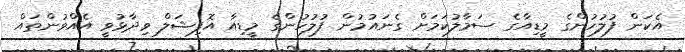
އެކަން ފުލުހުންގެ މީޑިއާގެ ސަމާލުކަމަށް ގެނައުމުން ފުލުހުންގެ މީޑިއާ އޮފިޝަލް ވިދާޅުވީ އެއްވުންތައް